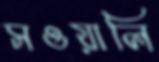
সওয়ালি